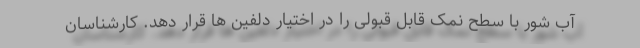
آب شور با سطح نمک قابل قبولی را در اختیار دلفین ها قرار دهد. کارشناسان